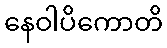
နေဝါပိကောတိ